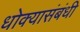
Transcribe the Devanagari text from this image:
धोक्यासंबंधी